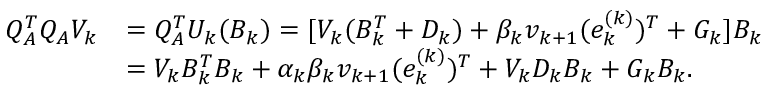
\begin{array} { r l } { Q _ { A } ^ { T } Q _ { A } V _ { k } } & { = Q _ { A } ^ { T } U _ { k } ( B _ { k } ) = [ V _ { k } ( B _ { k } ^ { T } + D _ { k } ) + \beta _ { k } v _ { k + 1 } ( e _ { k } ^ { ( k ) } ) ^ { T } + G _ { k } ] B _ { k } } \\ & { = V _ { k } B _ { k } ^ { T } B _ { k } + \alpha _ { k } \beta _ { k } v _ { k + 1 } ( e _ { k } ^ { ( k ) } ) ^ { T } + V _ { k } D _ { k } B _ { k } + G _ { k } B _ { k } . } \end{array}